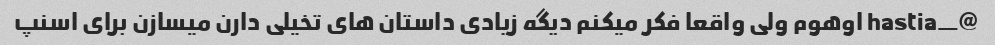
@_hastia اوهوم ولی واقعا فکر میکنم دیگه زیادی داستان های تخیلی دارن میسازن برای اسنپ